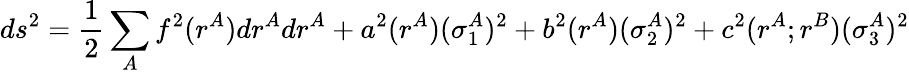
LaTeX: ds^{2}=\frac{1}{2}\sum_{A}f^{2}(r^{A})dr^{A}dr^{A}+a^{2}(r^{A})(\sigma_{1}^{A})^{2}+b^{2}(r^{A})(\sigma_{2}^{A})^{2}+c^{2}(r^{A};r^{B})(\sigma_{3}^{A})^{2}